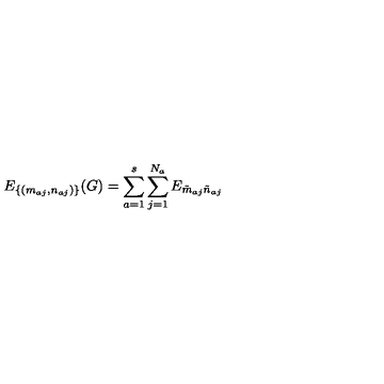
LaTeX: E _ { \{ ( m _ { a j } , n _ { a j } ) \} } ( G ) = \sum _ { a = 1 } ^ { s } \sum _ { j = 1 } ^ { N _ { a } } E _ { \tilde { m } _ { a j } \tilde { n } _ { a j } }